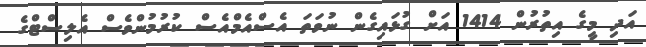
އަދި މީގެ އިތުރުން 1414 އަށް ގުޅައިގެން ނުވަތަ އެސްއެމްއެސް ކުރުމުންވެސް އެލިސްޓްގެ